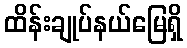
ထိန်းချုပ်နယ်မြေရှိ